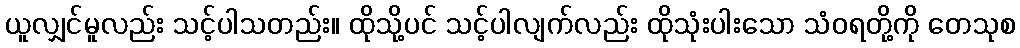
ယူလျှင်မူလည်း သင့်ပါသတည်း။ ထိုသို့ပင် သင့်ပါလျက်လည်း ထိုသုံးပါးသော သံဝရတို့ကို တေသုစ